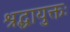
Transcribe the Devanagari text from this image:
श्रद्धायुक्तः